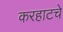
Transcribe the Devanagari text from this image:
करहाटचे